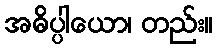
အဓိပ္ပါယော၊ တည်း။